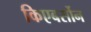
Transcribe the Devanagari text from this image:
किएबर्सोन